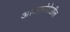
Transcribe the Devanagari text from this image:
आव्हानेदेखील